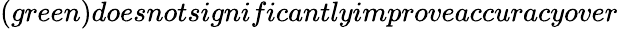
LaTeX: (green)doesnotsignificantlyimproveaccuracyover